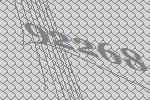
92268